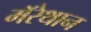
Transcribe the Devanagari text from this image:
मॅरेथान